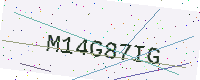
Text: M14G87IG